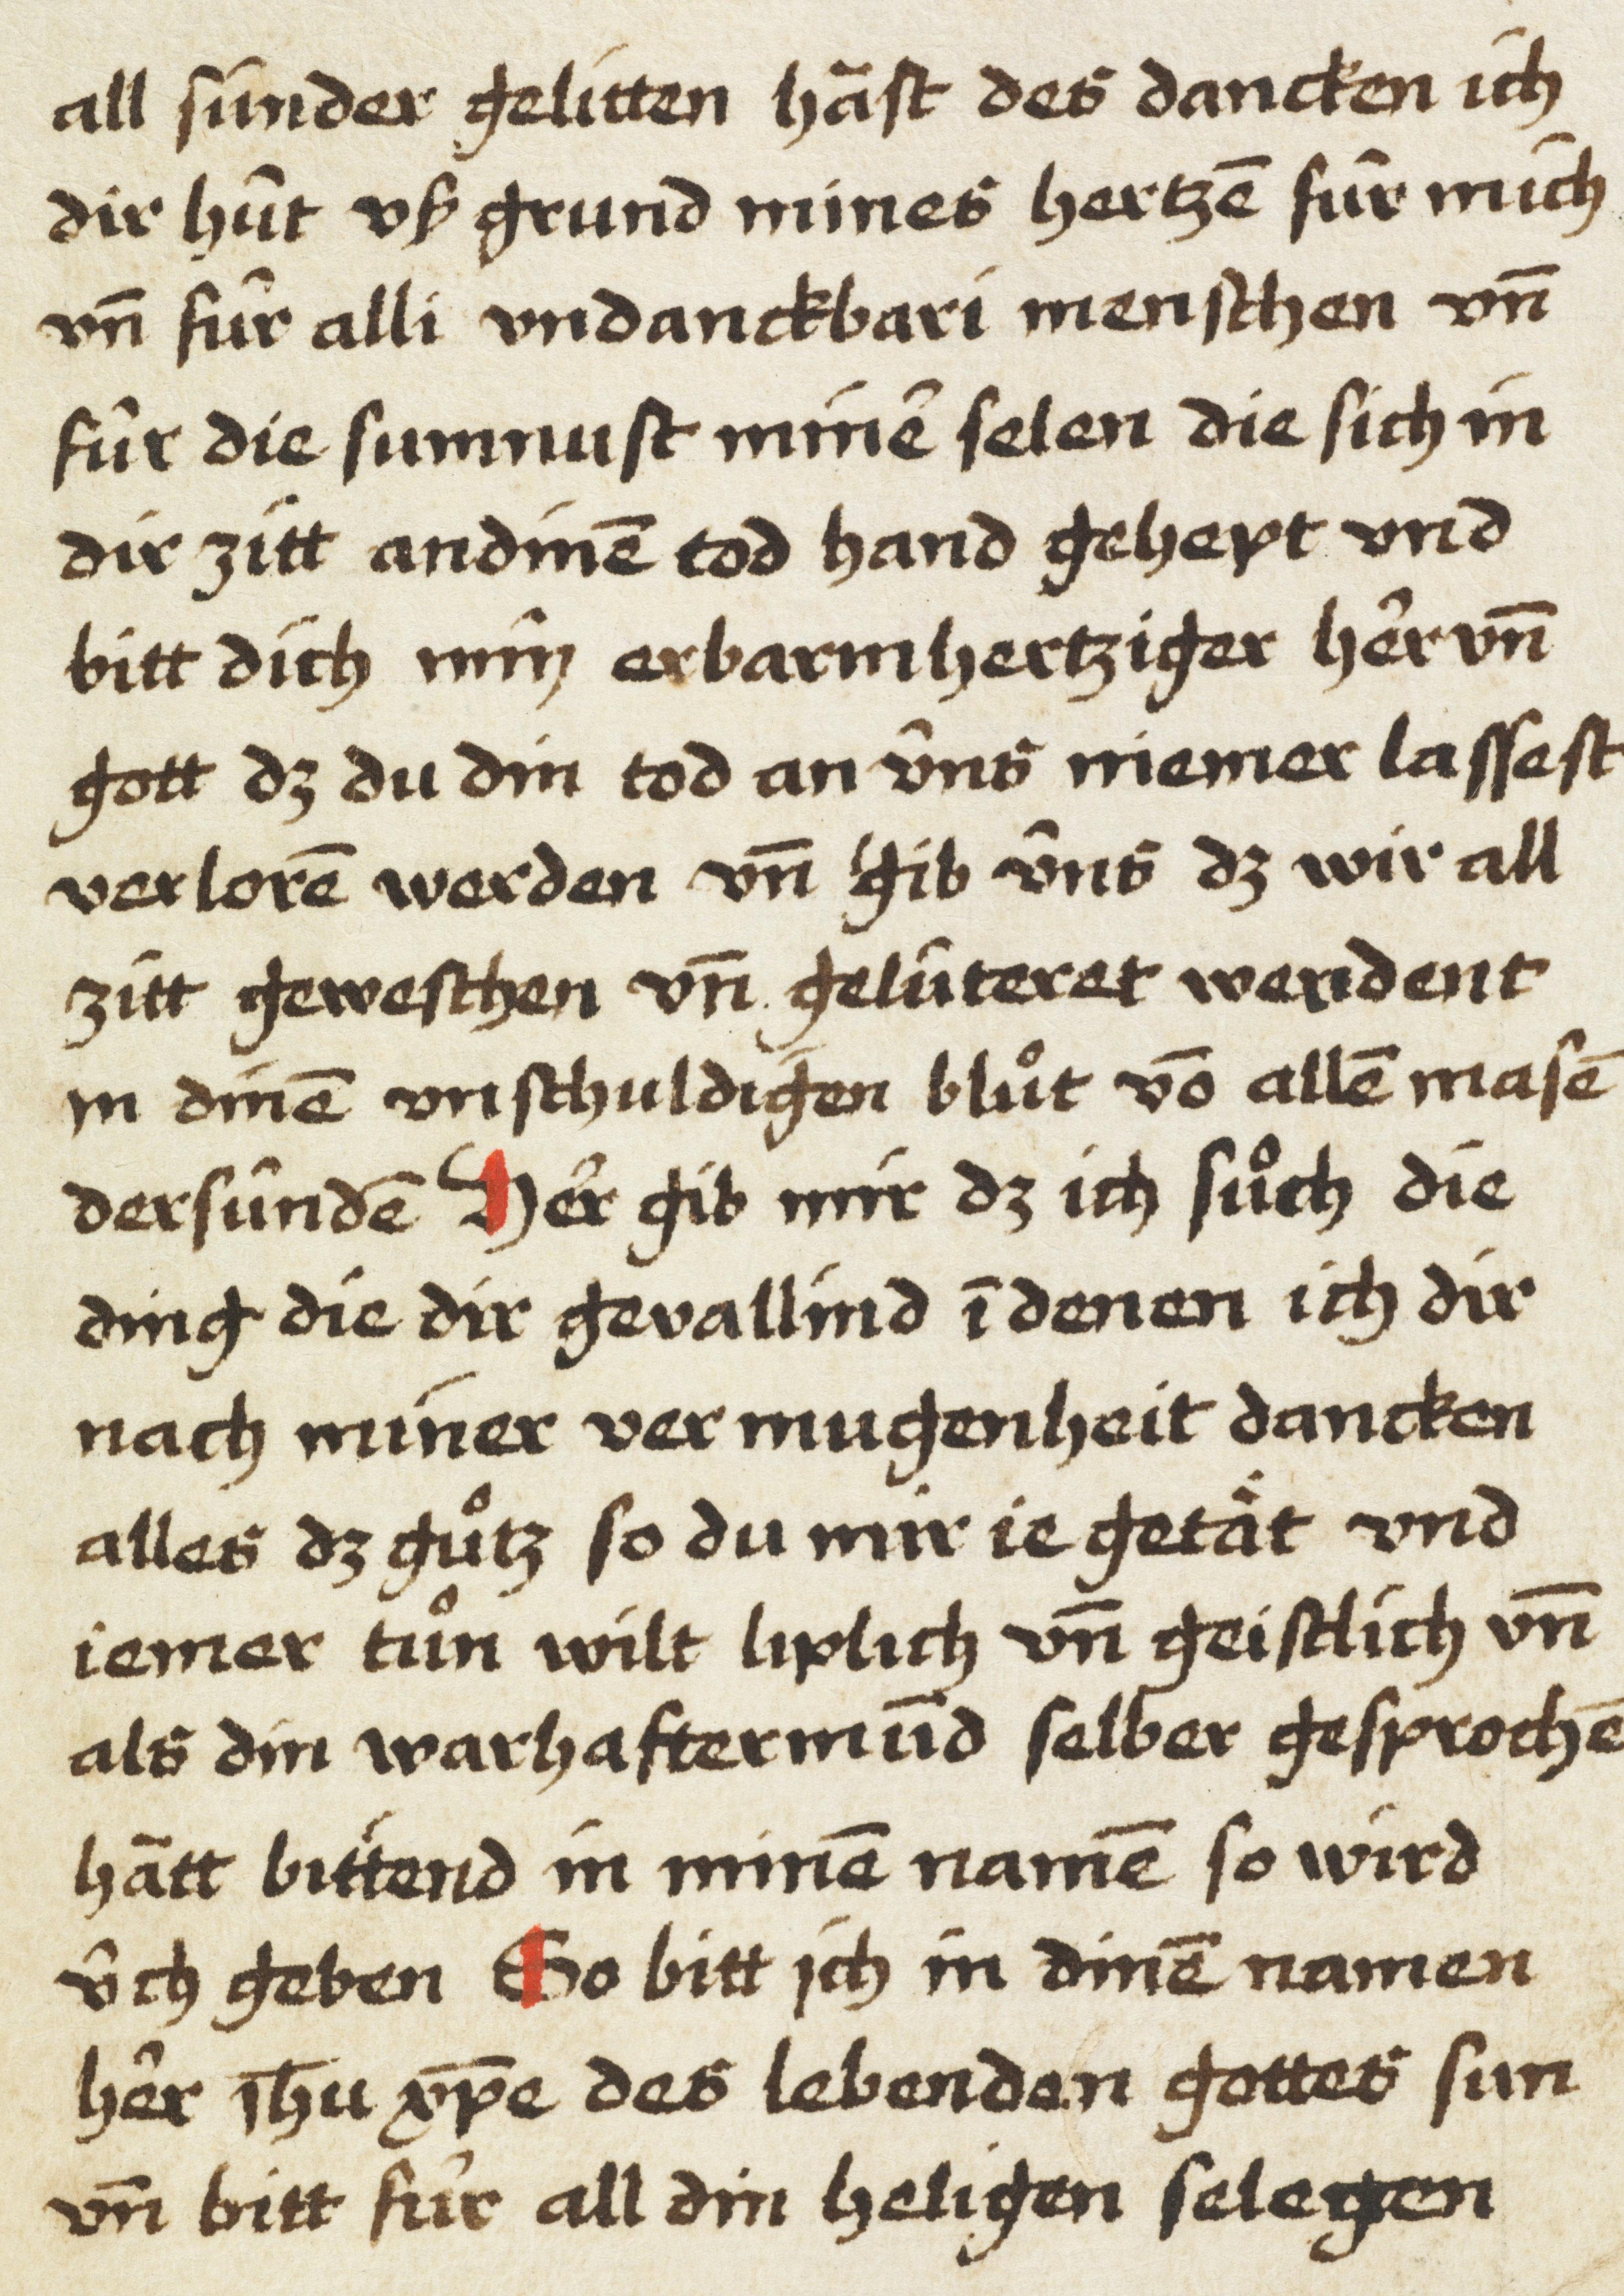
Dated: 1450–1499